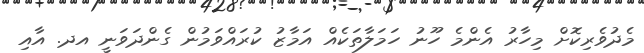
މެދުވެރިކޮށް މިހާރު އެންމެ ހޫނު ހަމަލާތަކެއް އަމާޒު ކުރައްވަމުން ގެންދަވަނީ އދ. އާއި